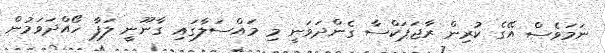
ނަމަވެސް އޭގެ ކުރިން ރާޖަޕަކްސާ ގެންދަވަނީ މި މައްސަލާގައި ގާނޫނީ ލަފާ ހޯއްދަވަމުން